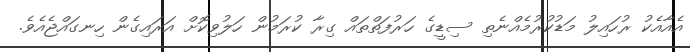
އެއާއެކު ރުހައިލު މަޑުކުރުމެއްނެތި ސިޑީގެ ހަރުފަތްތައް ގިރާ ކުރަމުން ހަލުވިކޮށް އަރައިގެން ހިނގައްޖެއެވެ.